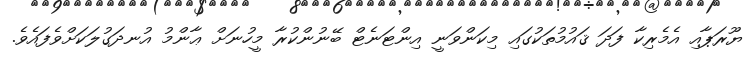
ޔޫރަޕާއި އެމެރިކާ ފަދަ ޤައުމުތަކުގައި މިކަންވަނީ އިންޓަނެޓް ބޭނުންކުރާ މީހުނަށް ޢާންމު އުނދަގުލަކަށްވެފައެވެ.